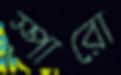
স্পারো